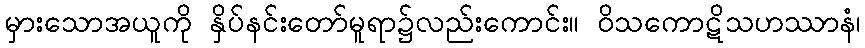
မှားသောအယူကို နှိပ်နင်းတော်မူရာ၌လည်းကောင်း။ ဝိသကောဋိသဟဿာနံ၊